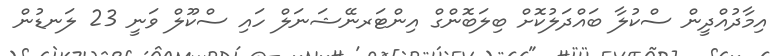
އިމާދުއްދީން ސްކުލާ ބައްދަލުކޮށް ބިލަބޮންގް އިންޓަރނޭޝަނަލް ހައި ސްކޫލް ވަނީ 23 ލަނޑުން